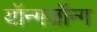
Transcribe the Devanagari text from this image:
यॉन्गजॉन्ग